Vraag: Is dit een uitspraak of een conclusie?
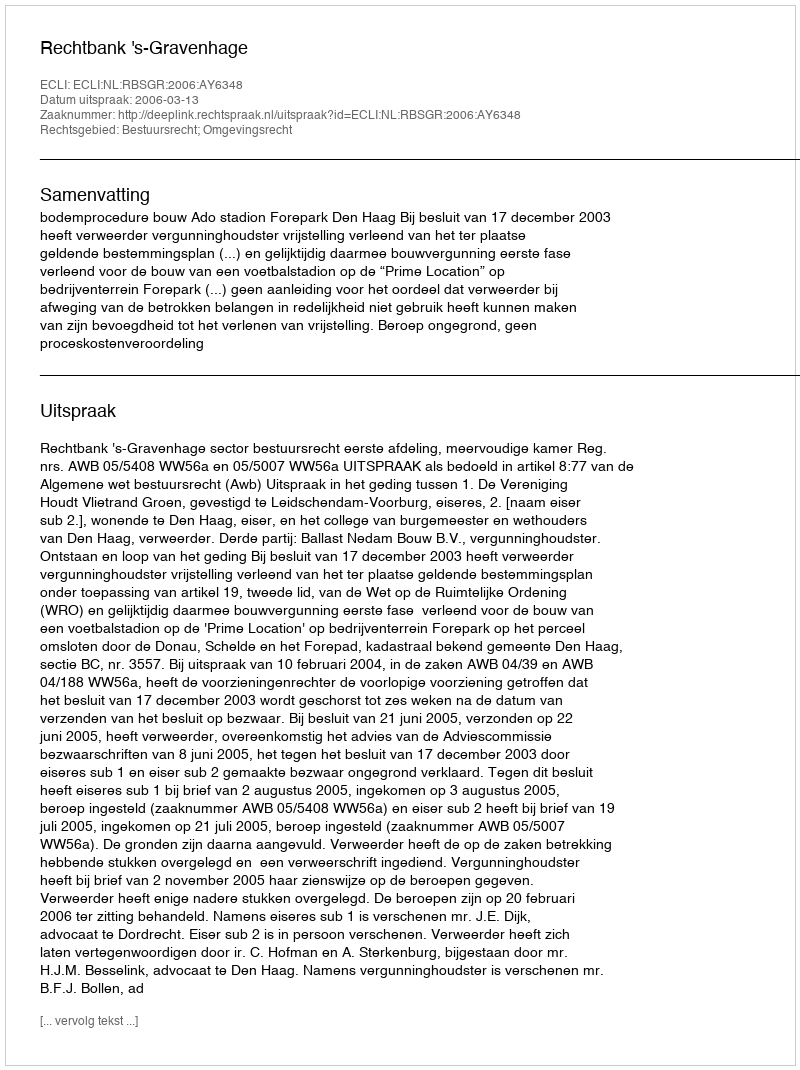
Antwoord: Uitspraak